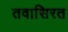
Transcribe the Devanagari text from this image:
तवासिरत